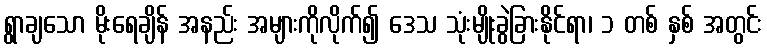
ရွာချသော မိုးရေချိန် အနည်း အများကိုလိုက်၍ ဒေသ သုံးမျိုးခွဲခြားနိုင်ရာ၊ ၁ တစ် နှစ် အတွင်း